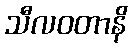
သီလဝတာနိ